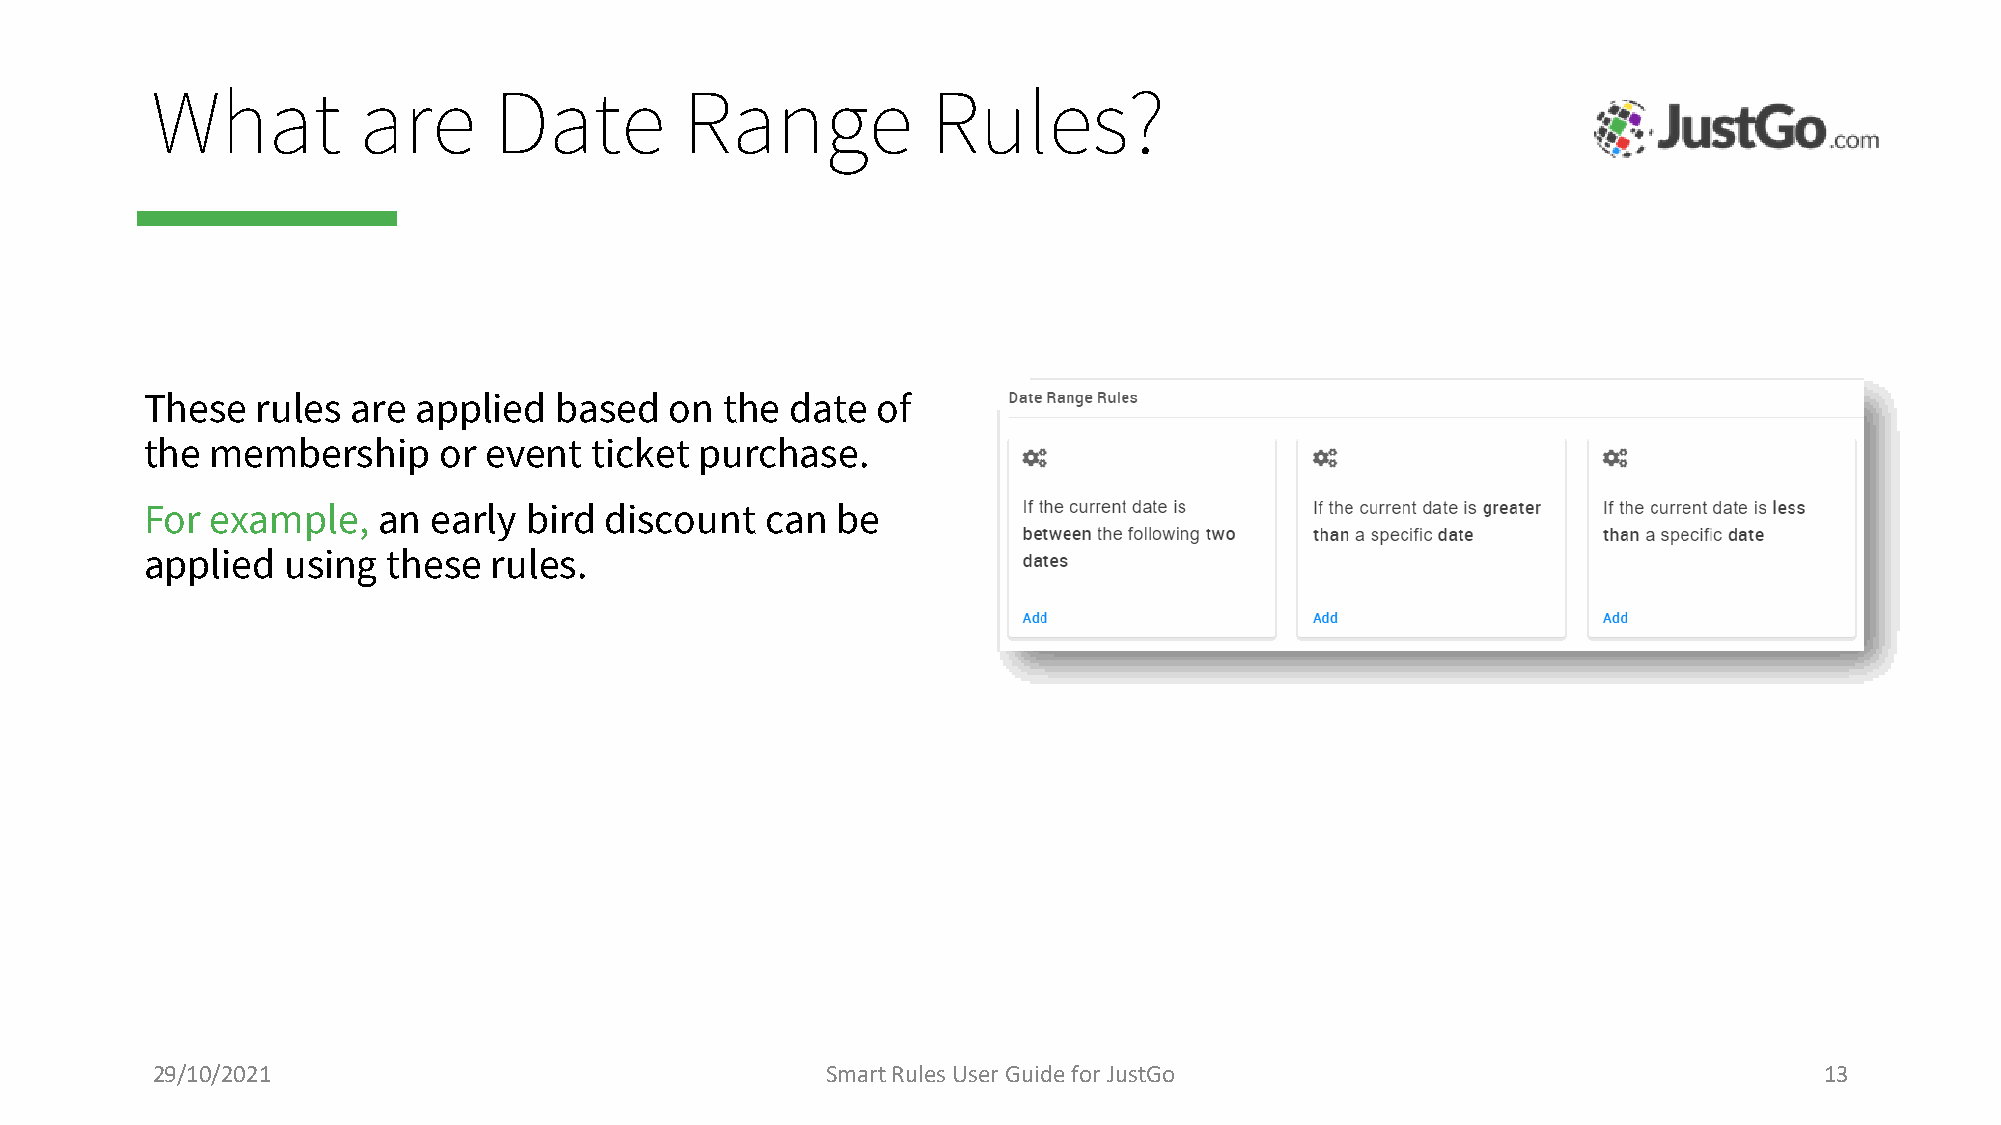
What          are      Date        Range            Rules?
 These  rules are applied   based  on  the date  of
 the membership     or event  ticket purchase.
 For example,   an early  bird discount   can be
 applied  using  these rules.
 29/10/2021                                   Smart Rules User Guide for JustGo                                 13